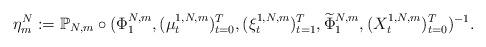
LaTeX: \begin{align*}\eta^N_m:=\mathbb{P}_{N,m} \circ (\Phi_1^{N,m}, (\mu_t^{1,N,m})_{t=0}^T,(\xi_t^{1,N,m})_{t=1}^T,\widetilde \Phi_1^{N,m}, (X_t^{1,N,m})_{t=0}^T)^{-1}.\end{align*}